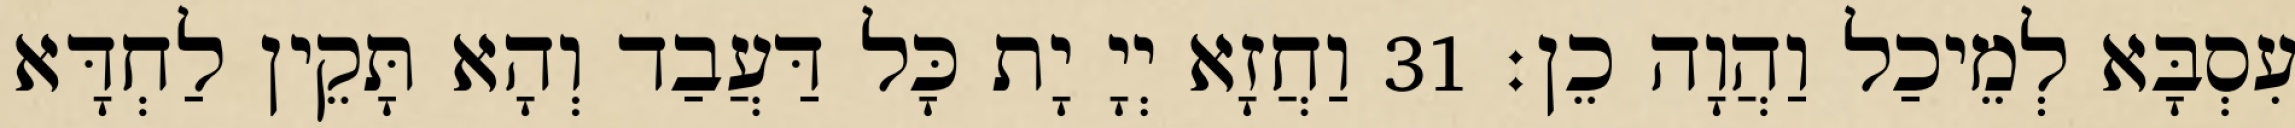
עִסְבָּא לְמֵיכַל וַהֲוָה כֵן׃ 31 וַחֲזָא יְיָ יָת כָּל דַּעֲבַד וְהָא תָּקֵין לַחְדָּא